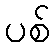
ပစ်